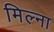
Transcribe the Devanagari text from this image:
मिल्ना